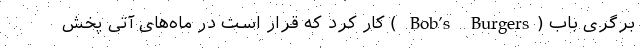
برگری باب (Bob’s Burgers ) کار کرد که قرار است در ماه‌های آتی پخش